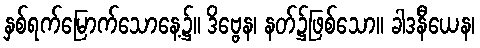
နှစ်ရက်မြောက်သောနေ့၌။ ဒိဗ္ဗေန၊ နတ်၌ဖြစ်သော။ ခါဒနီယေန၊